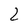
Character: 2